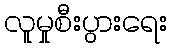
လူမှုစီးပွားရေး